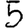
Digit: 5